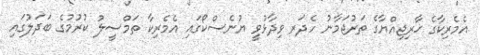
އެމެރިކާގެ ޚާރިޖިއްޔާގެ ތަރުޖަމާނު ހެދަރ ވިދާޅުވީ ޔުނެސްކޯގައި އެމެރިކާ ތަމްސީލު ކުރުމުގެ ބަދަލުގައި